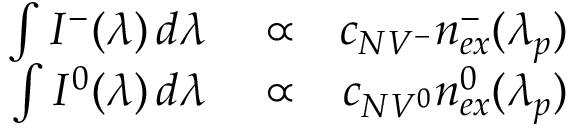
\begin{array} { r l r } { \int I ^ { - } ( \lambda ) \, d \lambda } & { { } \propto } & { c _ { N V ^ { - } } n _ { e x } ^ { - } ( \lambda _ { p } ) } \\ { \int I ^ { 0 } ( \lambda ) \, d \lambda } & { { } \propto } & { c _ { N V ^ { 0 } } n _ { e x } ^ { 0 } ( \lambda _ { p } ) } \end{array}